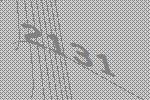
2131